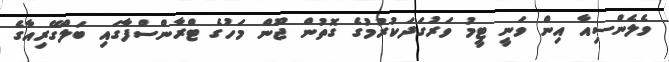
ވެލެންސިއާ އިން ވަނީ ޓީމު ވަރުގަދަކުރުމުގެ ގޮތުން ޖޫން މަހުގެ ޓްރާންްސްފާގައި ބަލްގޭރިއާގެ